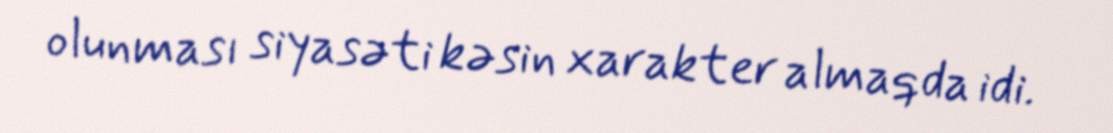
olunması siyasəti kəsin xarakter almaqda idi.